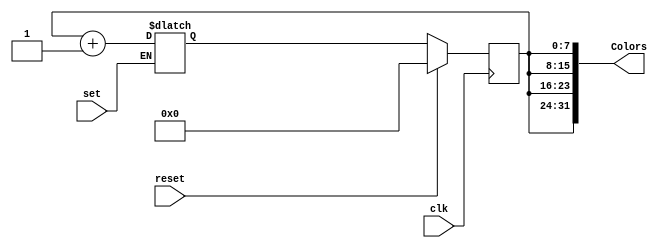
module BitCounter(Colors, set, clk, reset);
	output [31:0] Colors;
	input clk, reset, set;
	
	reg [7:0] Count, nCount;
	
	// clock and reset: non Blocking (<=)
	always @ (posedge clk) begin
		if (reset) 
		begin
			Count <= 0;
		end
		else 
		begin
			Count <= nCount;
			//Colors <= {Count[7:0], Count[7:0], Count[7:0], Count[7:0]} ;
		end
	end
	// find next state: Blocking (=)
	always @ (Count) begin 
		if (!set)
			nCount = Count + 1;
			
	end
	assign Colors = {Count[7:0], Count[7:0], Count[7:0], Count[7:0]} ;
endmodule